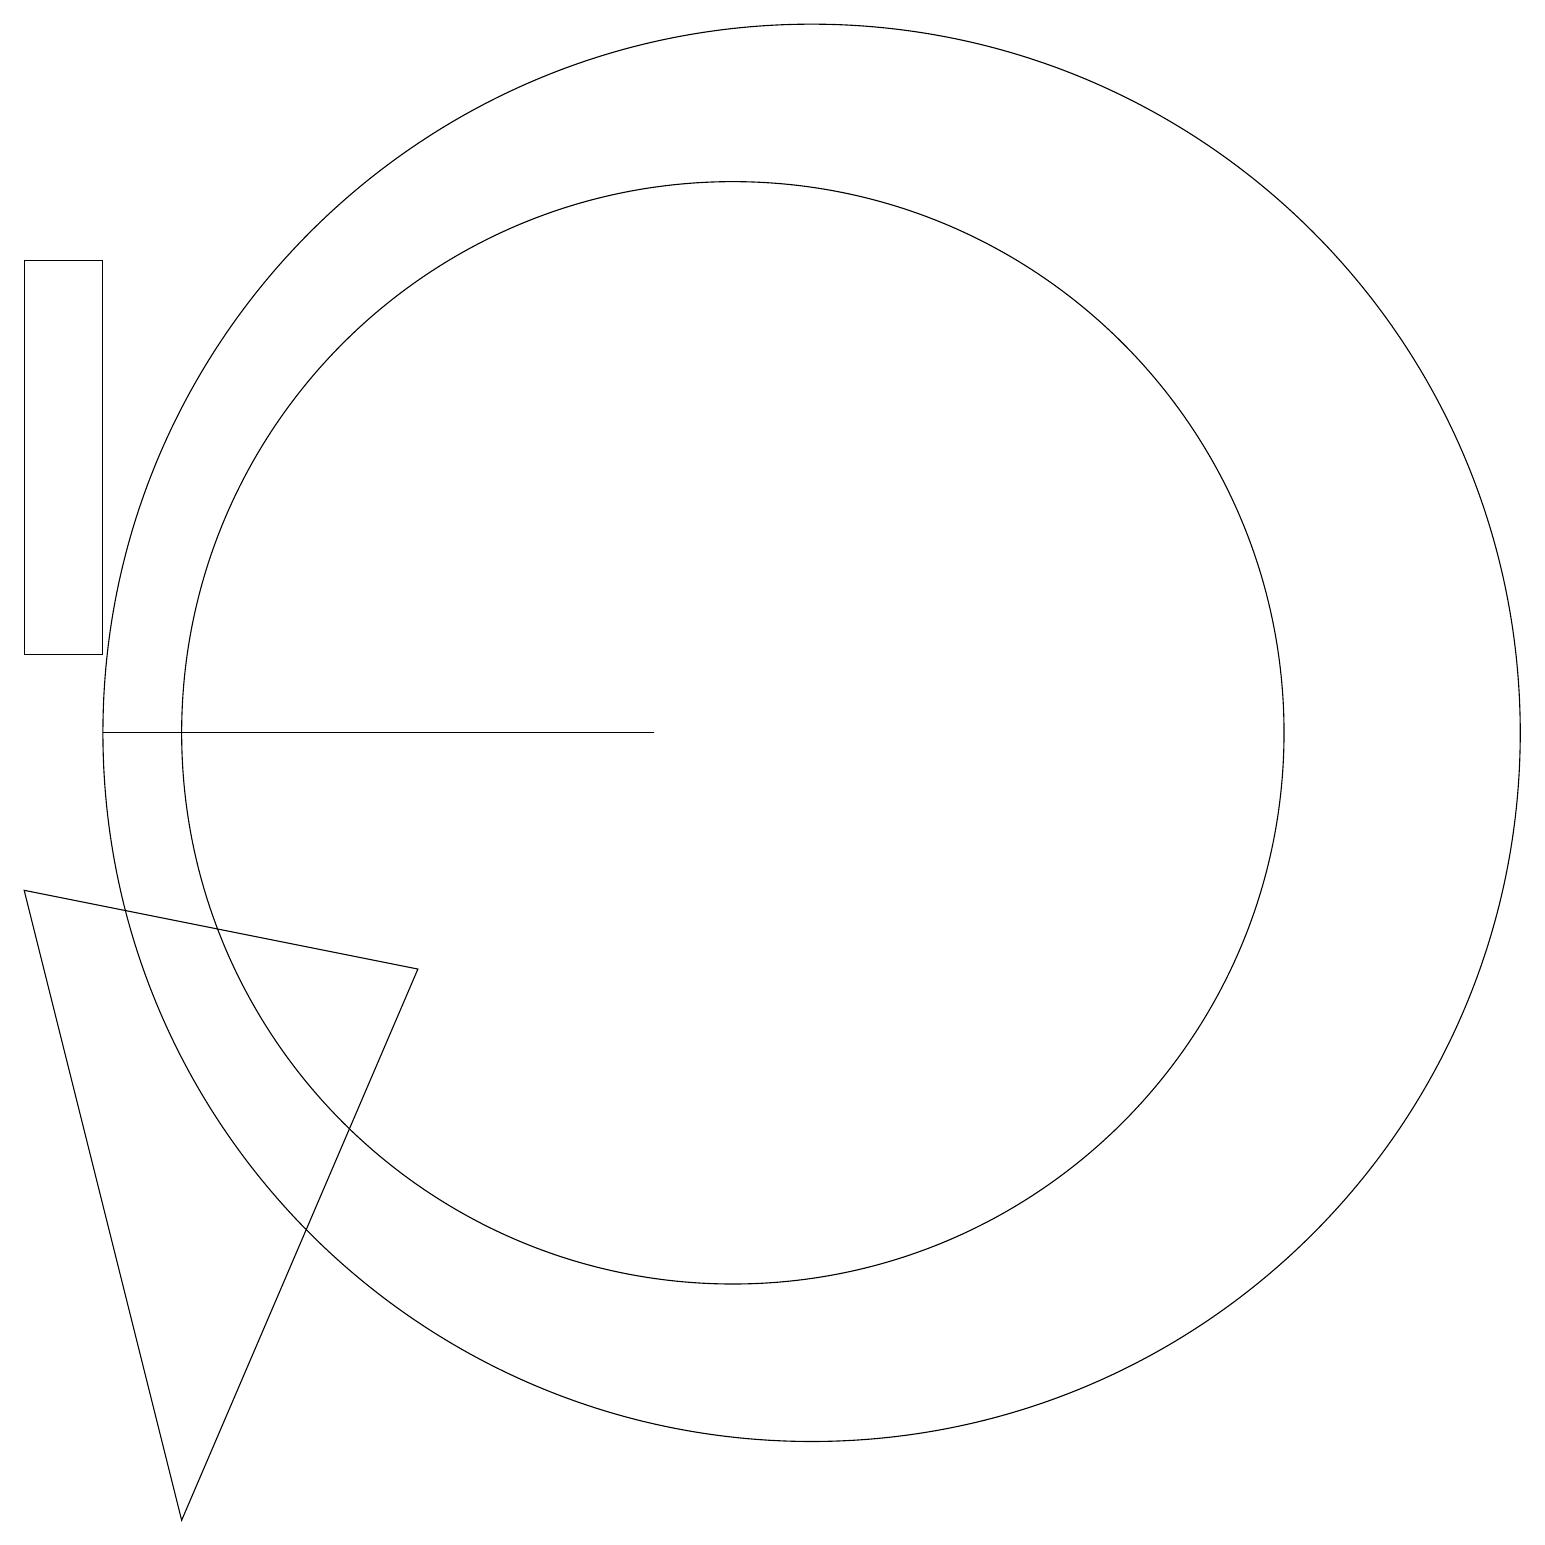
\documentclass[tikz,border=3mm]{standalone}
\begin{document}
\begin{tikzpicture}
\draw (2,17) rectangle (1,12);
\draw (2,11) rectangle (9,11);
\draw (6,8) -- (3,1) -- (1,9) -- cycle;
\draw (11,11) circle (9);
\draw (10,11) circle (7);
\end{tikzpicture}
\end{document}